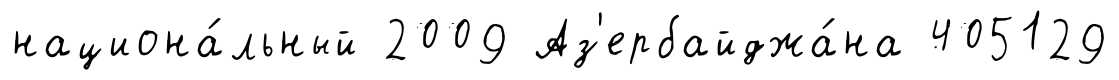
национа́льный 2009 Аз'ербайджа́на 405129